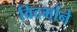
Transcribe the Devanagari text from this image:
विदर्भाने